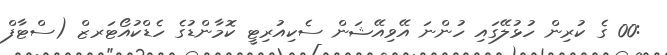
:00 ގެ ކުރިން ހުޅުލޭގައި ހުންނަ އޭވިއޭޝަން ސެކިއުރިޓީ ކޮމާންޑުގެ ހެޑްކުއޯޓަރޒް (ސްޓާފް